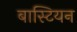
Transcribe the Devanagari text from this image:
बास्टियन